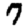
Digit: 7